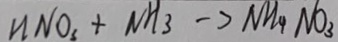
H N O _ { 3 } + N H _ { 3 } \rightarrow N H _ { 9 } N O _ { 3 }